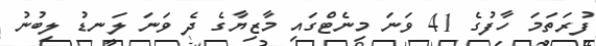
ފުރަތަމަ ހާފުގެ 41 ވަނަ މިނެޓްގައި މާޒިޔާގެ ދެ ވަނަ ލަނޑު ލިބުނު